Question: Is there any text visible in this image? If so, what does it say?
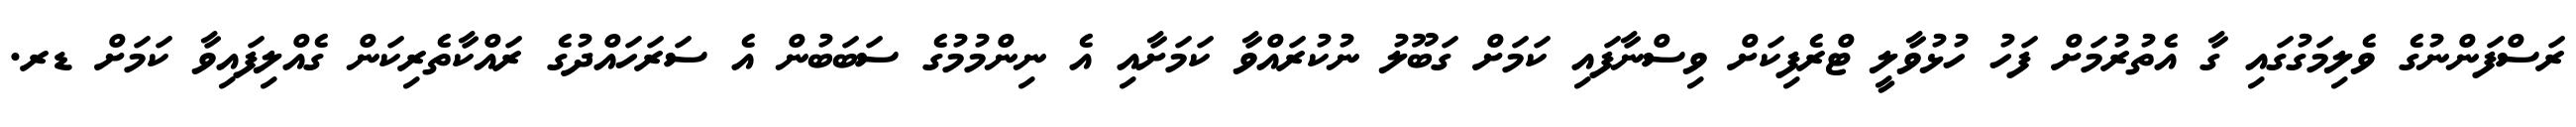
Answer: ރަސްފަންނުގެ ވެލިމަގުގައި ގާ އެތުރުމަށް ފަހު ހުޅުވާލީ ޓްރެފިކަށް ވިސްނާފައި ކަމަށް ގަބޫލު ނުކުރައްވާ ކަމަށާއި އެ ނިންމުމުގެ ސަބަބުން އެ ސަރަހައްދުގެ ރައްކާތެރިކަން ގެއްލިފައިވާ ކަމަށް ޑރ.